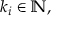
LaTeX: \; k _ { i } \in \mathbb { N } ,